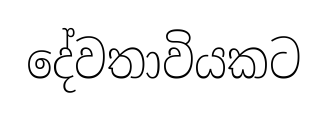
දේවතාවියකට